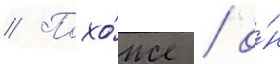
// Похо́же / о́н